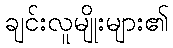
ချင်းလူမျိုးများ၏